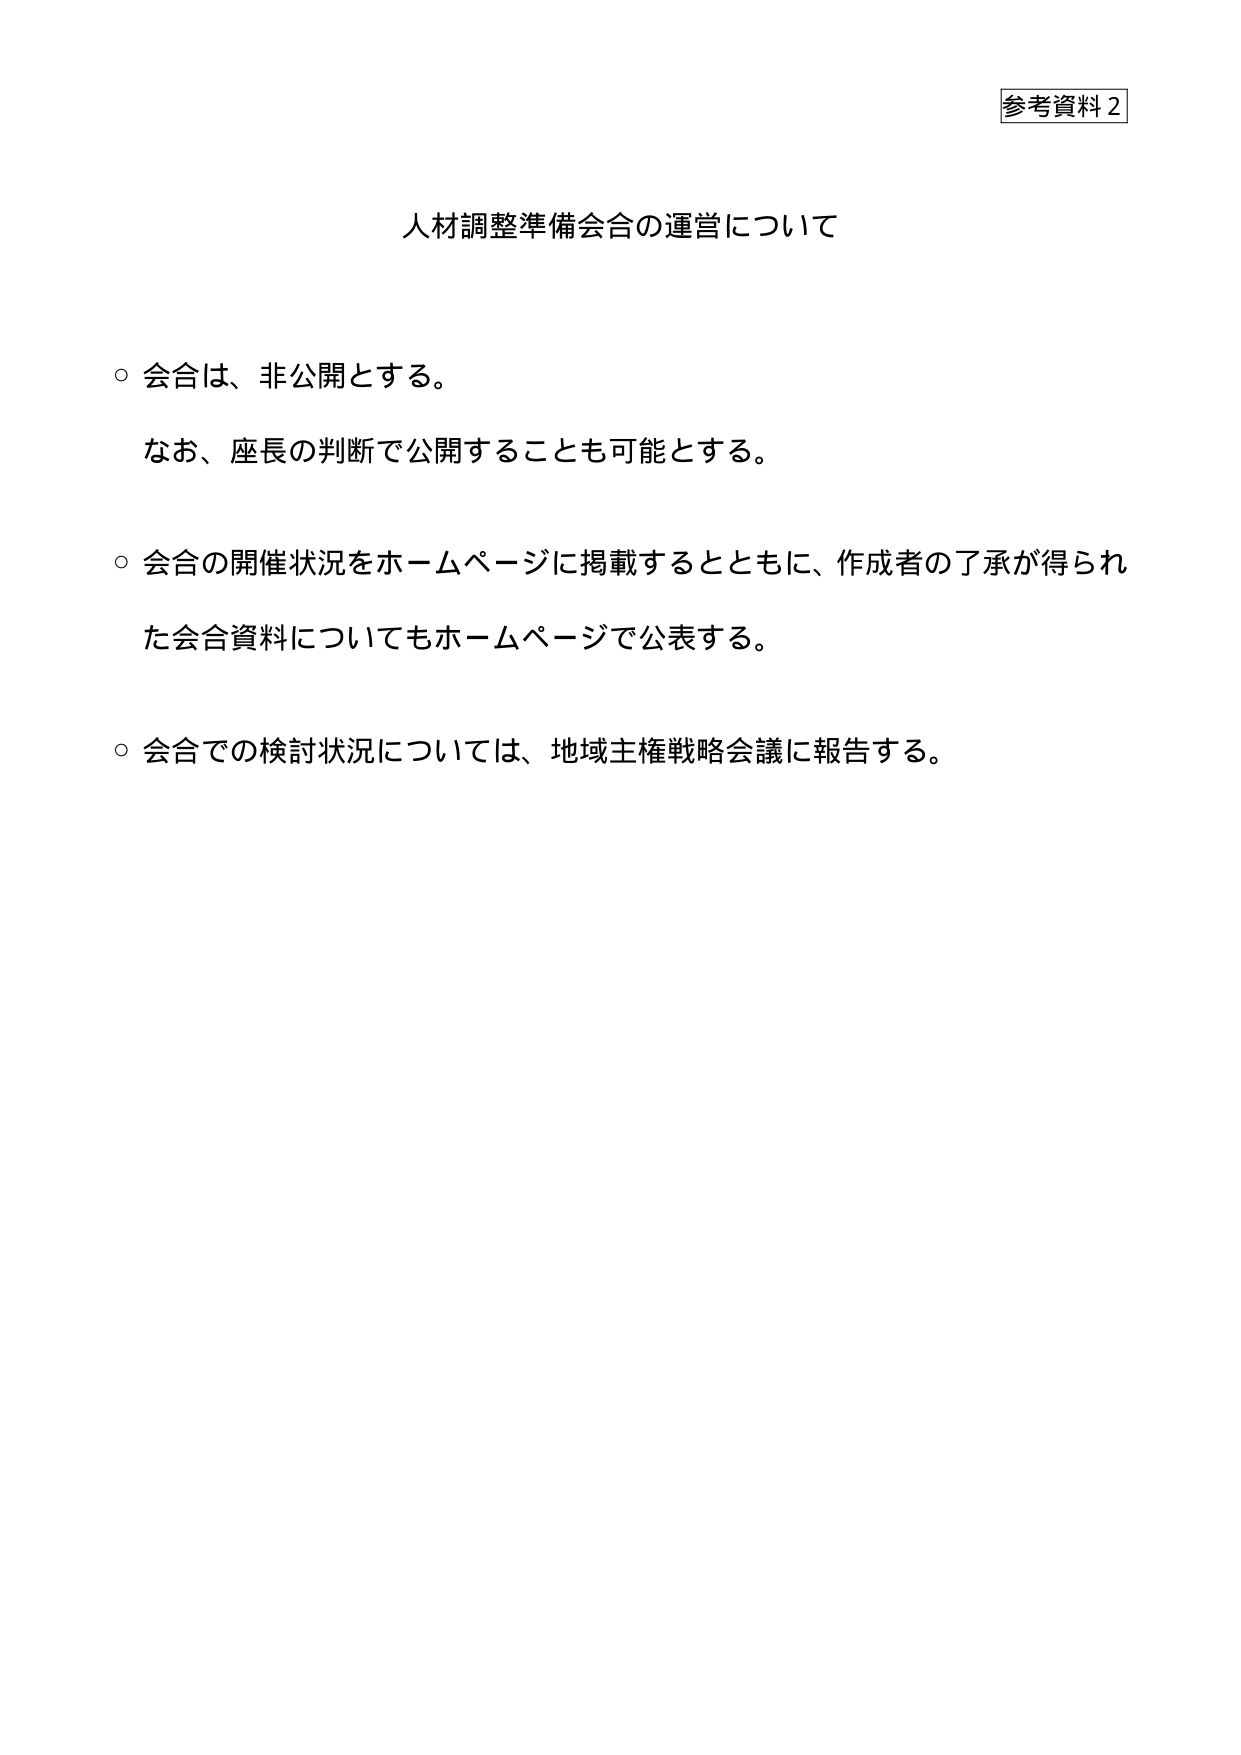
参考資料2

人材調整準備会合の運営について

○ 会合は、非公開とする。
　なお、座長の判断で公開することも可能とする。

○ 会合の開催状況をホームページに掲載するとともに、作成者の了承が得られた会合資料についてもホームページで公表する。

○ 会合での検討状況については、地域主権戦略会議に報告する。